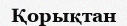
Қорықтан